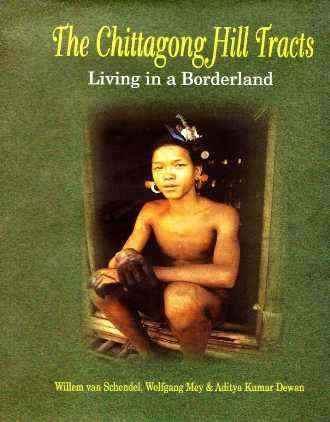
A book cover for Chittagong Hill Tracts: Living in a Borderland; Willem van Schendel; Travel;